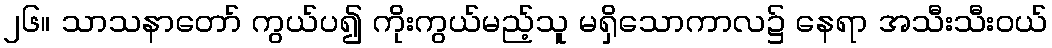
၂၆။ သာသနာတော် ကွယ်ပ၍ ကိုးကွယ်မည့်သူ မရှိသောကာလ၌ နေရာ အသီးသီးဝယ်